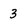
Character: 3